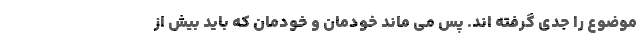
موضوع را جدی گرفته اند. پس می ماند خودمان و خودمان که باید بیش از